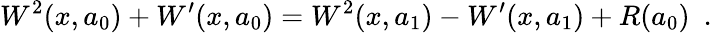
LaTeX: W^{2}(x,a_{0})+W^{\prime}(x,a_{0})=W^{2}(x,a_{1})-W^{\prime}(x,a_{1})+R(a_{0})~~.